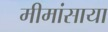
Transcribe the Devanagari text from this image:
मीमांसाया